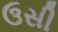
ઉસી